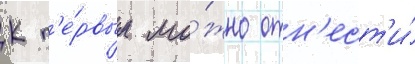
К п'е́рвым мо́жно отн'ест'и́